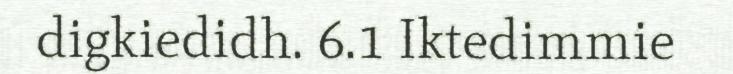
digkiedidh. 6.1 Iktedimmie